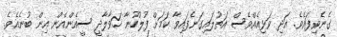
ގެނެވިފައެވެ. އަދި ވަޅިއެއްވެސް އަތުލައިގަނެފައިވާ ކަމަށް ފުލުހުނާ ހަވާލާދީ ސީއެންއެން އިން ބުނެއެވެ.